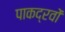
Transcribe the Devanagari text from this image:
पाकद्रवों